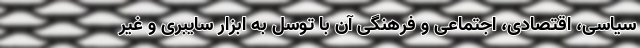
سیاسی، اقتصادی، اجتماعی و فرهنگی آن با توسل به ابزار سایبری و غیر